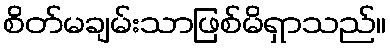
စိတ်မချမ်းသာဖြစ်မိရှာသည်။